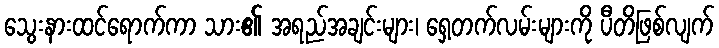
သွေးနားထင်ရောက်ကာ သား၏ အရည်အချင်းများ၊ ရှေ့တက်လမ်းများကို ပီတိဖြစ်လျက်